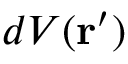
d V ( \mathbf { r } ^ { \prime } )